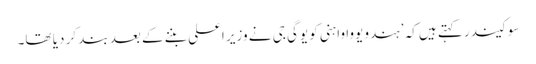
سوکیندر کہتے ہیں کہ ’ہندو یووا واہنی کو یوگی جی نے وزیر اعلی بننے کے بعد بند کر دیا تھا۔